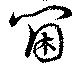
閫